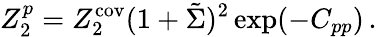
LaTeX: Z_{2}^{p}=Z_{2}^{\mathrm{cov}}(1+\tilde{\Sigma})^{2}\exp(-C_{pp})\, .